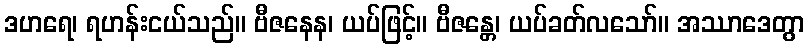
ဒဟရေ၊ ရဟန်းငယ်သည်။ ဗီဇနေန၊ ယပ်ဖြင့်။ ဗီဇန္တေ၊ ယပ်ခတ်လသော်။ အဿာဒေတွာ